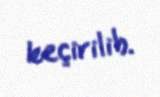
keçirilib.